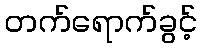
တက်ရောက်ခွင့်